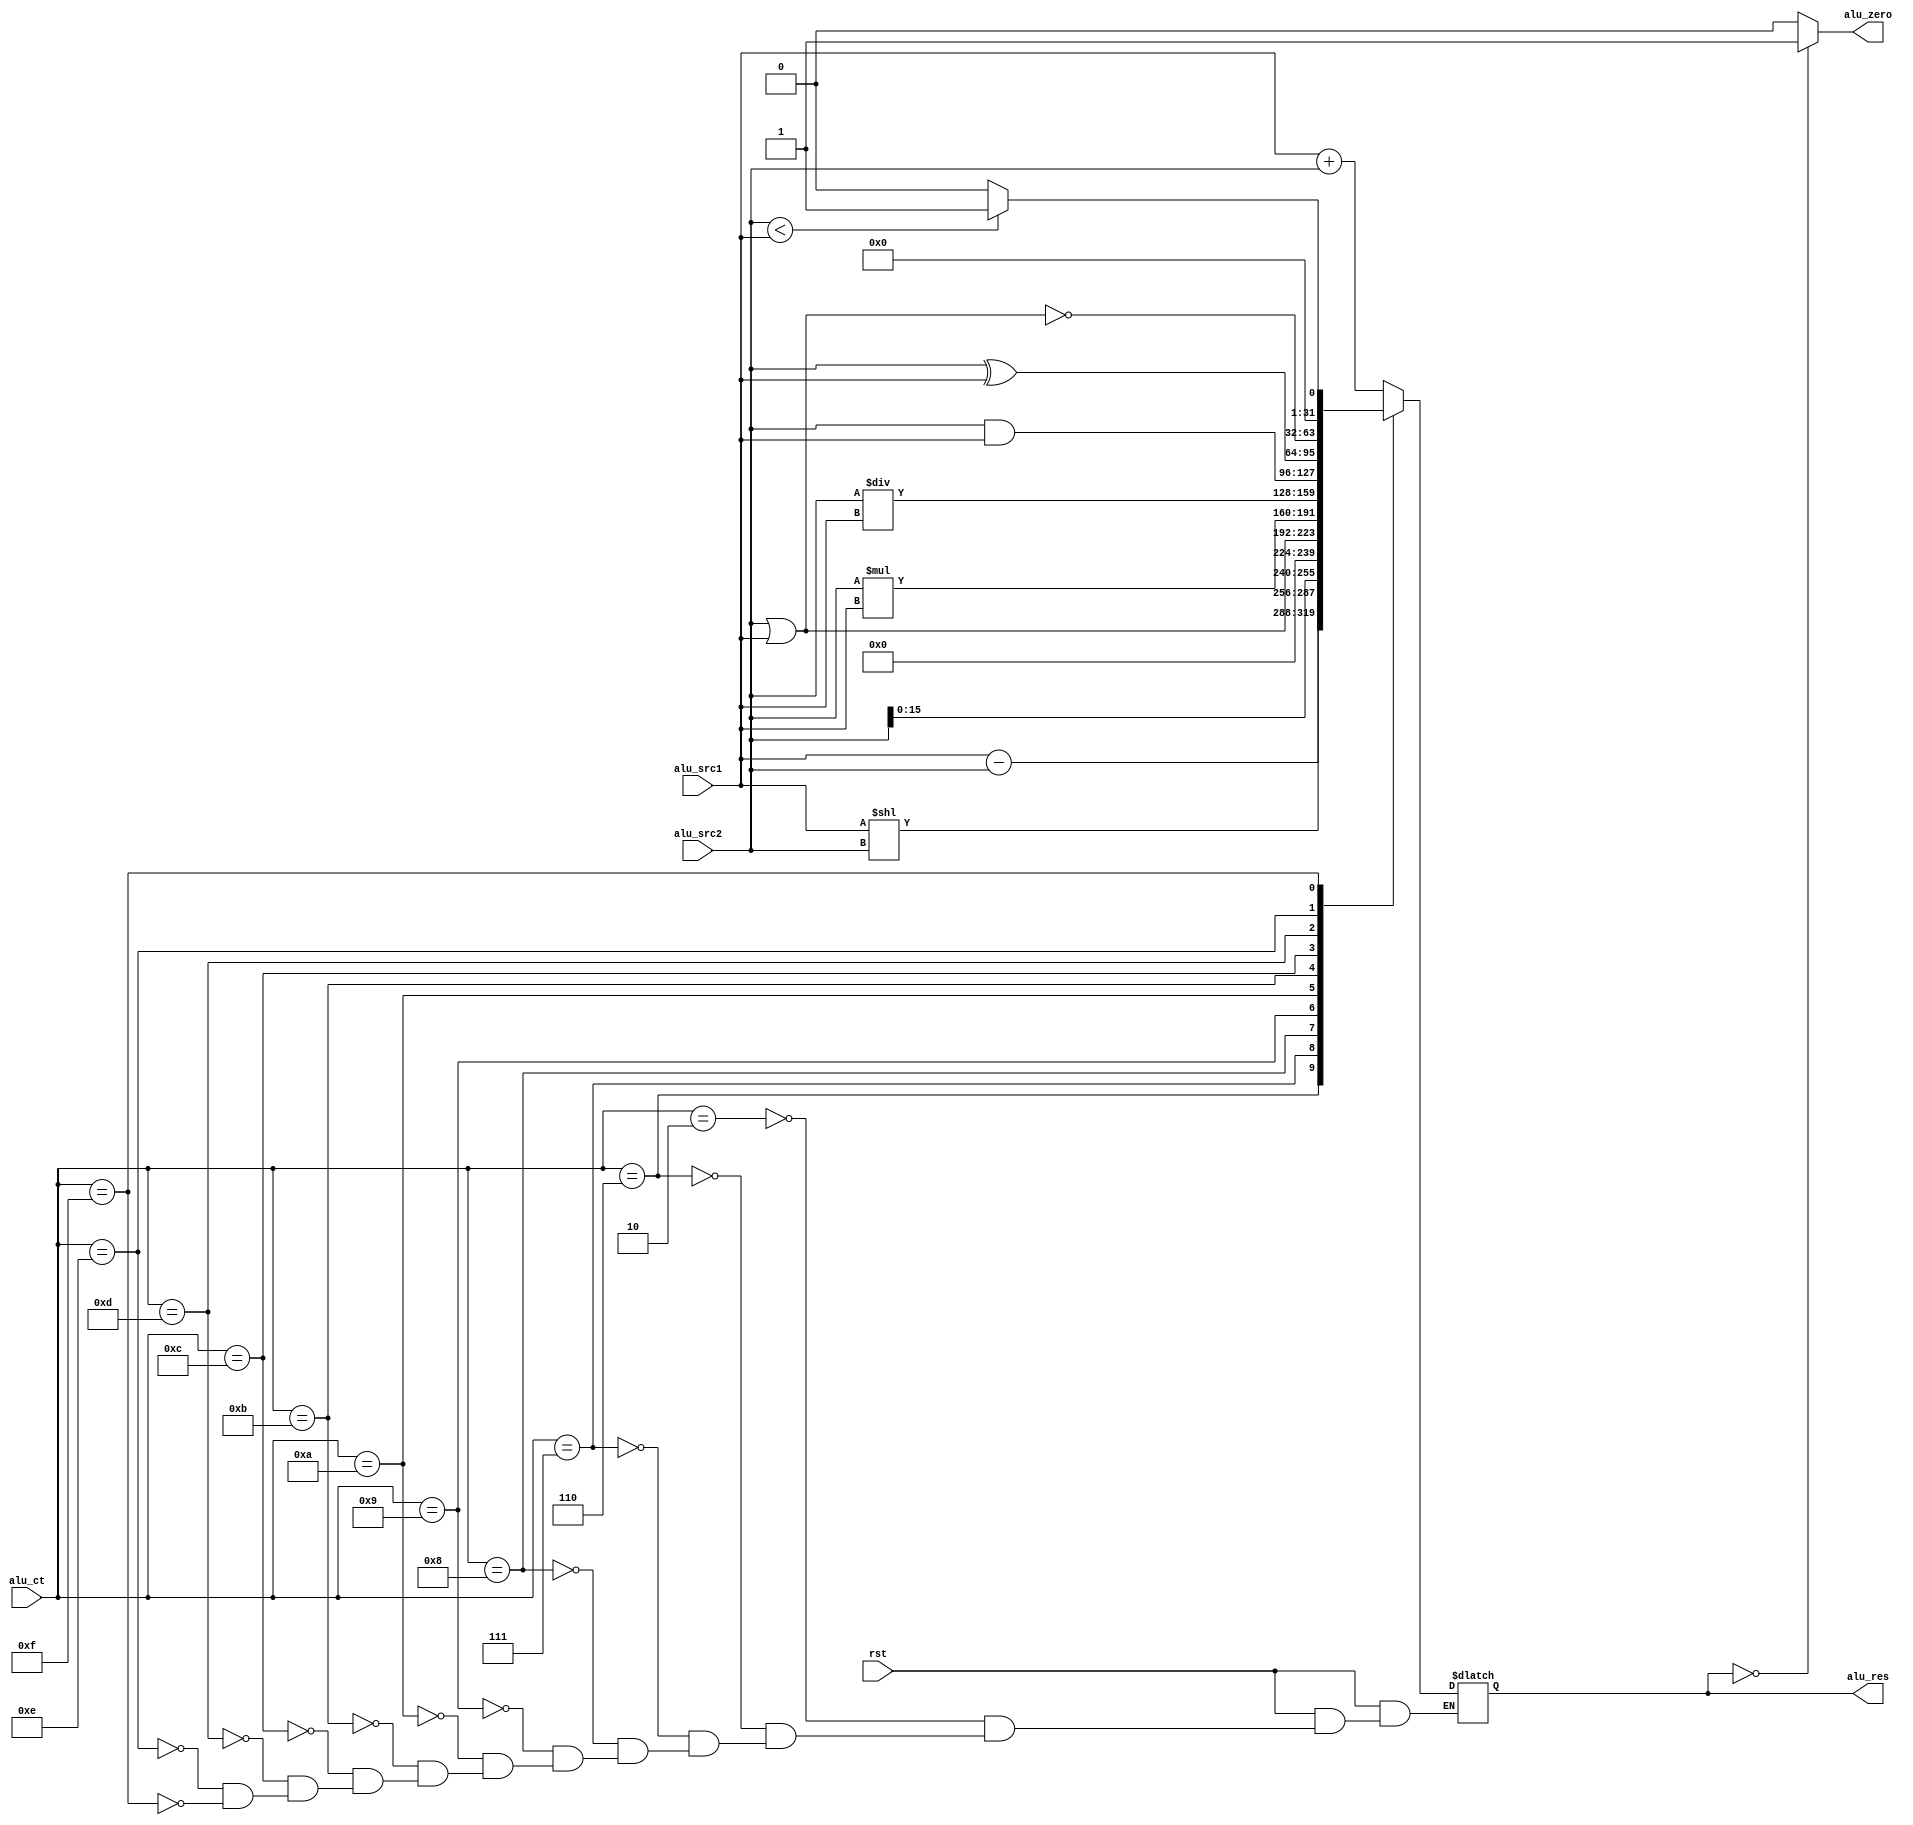
`timescale 1ns / 1ps
//////////////////////////////////////////////////////////////////////////////////
// Company: 
// Engineer: 
// 
// Design Name: 
// Module Name: ALU
// Project Name: 
// Target Devices: 
// Tool Versions: 
// Description: 
// 
// Dependencies: 
// 
// Revision:
// Revision 0.01 - File Created
// Additional Comments:
// 
//////////////////////////////////////////////////////////////////////////////////


module ALU(
    input rst,
    input[3:0] alu_ct,
    input[31:0] alu_src1,alu_src2,
    output alu_zero,
    output reg [31:0] alu_res
    );
    assign alu_zero = (alu_res==0)?1:0;//ALU0
    always@(*)
        if(!rst) begin
            alu_res = 32'bz;//
        end else begin
            case(alu_ct)
            4'b0010: alu_res = alu_src1 + alu_src2;//addaddui
            4'b0110: alu_res = alu_src1 - alu_src2;//beq
            4'b0111: alu_res = (alu_src1 << alu_src2);//sllv
            4'b1000: alu_res = (alu_src2 << 16);//lui1616
            4'b1001: alu_res = (alu_src2 | alu_src1);//orior
            4'b1010: alu_res = (alu_src2 * alu_src1);//mul
            4'b1011: alu_res = (alu_src2 / alu_src1);//div
            4'b1100: alu_res = (alu_src2 & alu_src1);//andandi
            4'b1101: alu_res = (alu_src2 ^ alu_src1);//xor
            4'b1110: alu_res = ~(alu_src2 | alu_src1);//nor
            4'b1111: alu_res = (alu_src2 < alu_src1)?1:0;//slt
            default: begin
            end
            endcase
        end
endmodule